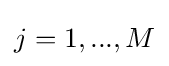
j=1,...,M